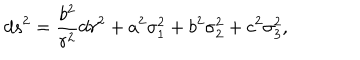
d s ^ { 2 } = { \frac { b ^ { 2 } } { r ^ { 2 } } } d r ^ { 2 } + a ^ { 2 } \sigma _ { 1 } ^ { 2 } + b ^ { 2 } \sigma _ { 2 } ^ { 2 } + c ^ { 2 } \sigma _ { 3 } ^ { 2 } ,